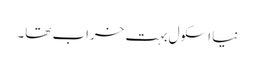
نیا اسکول بہت خراب تھا۔